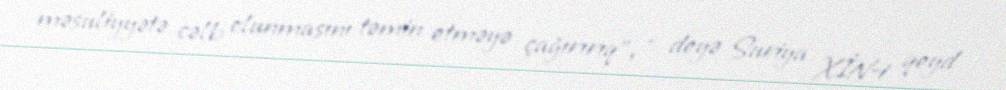
məsuliyyətə cəlb olunmasını təmin etməyə çağırırıq”, - deyə Suriya XİN-i qeyd